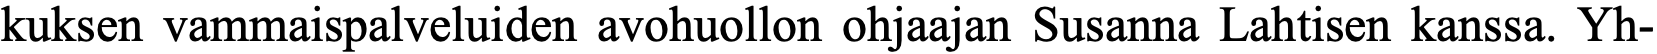
kuksen vammaispalveluiden avohuollon ohjaajan Susanna Lahtisen kanssa. Yh-